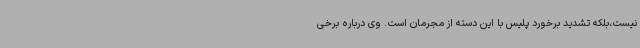
نیست،بلکه تشدید برخورد پلیس با این دسته از مجرمان است. وی درباره برخی